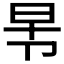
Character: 𭅸